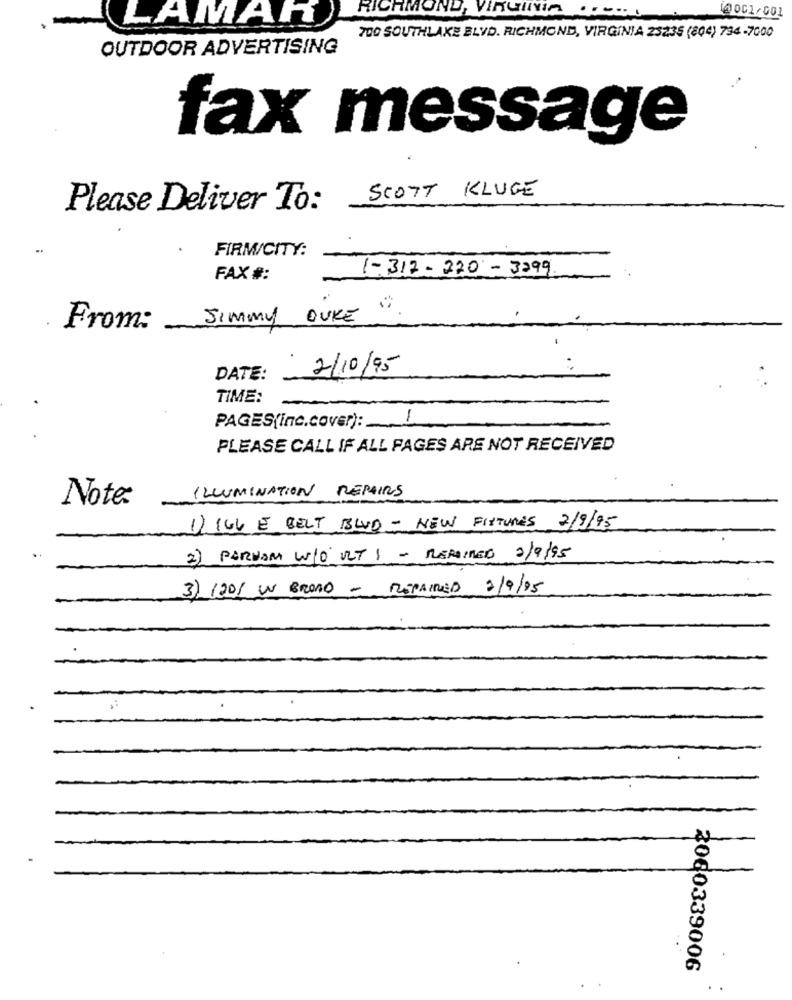
RICHMOND, VIRGINIA
LAMAN
10001/001
700 SOUTHLAKE BLVD. RICHMOND, VIRGINIA 25235 (804) 794-7000
OUTDOOR ADVERTISING
fax message
SCOTT KLUGE
Please Deliver To:
FIRM/CITY:
1-312-220-3299
FAX #:
Jimmy DUKE
From:
.
2/10/95
..
DATE:
TIME:
PAGES(inc.cover):
1
PLEASE CALL IF ALL PAGES ARE NOT RECEIVED
ILLUMINATION REPAIRS
Note:
1) 166 E BELT BLVD - NEW FIXTURES 2/9/95
2) PARNOM W/O ULTI - REPAIRED 2/9/95
3) 1201 IN BROAD - REPAIRED 2/9/95
2060339006